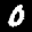
Label: 0